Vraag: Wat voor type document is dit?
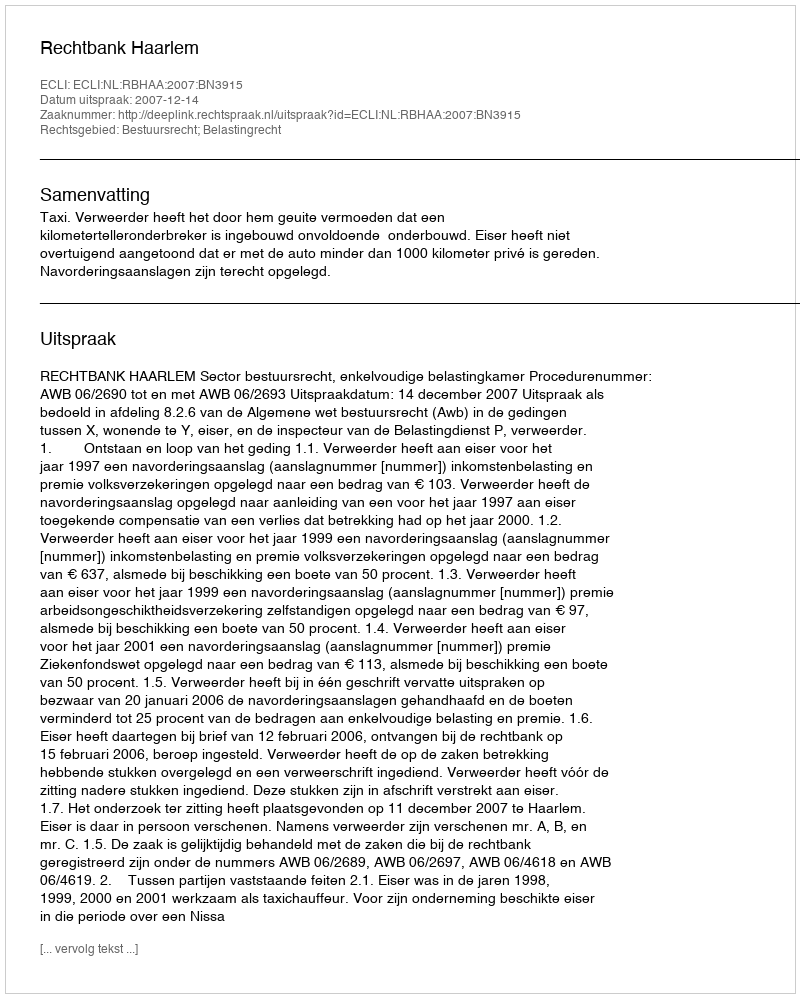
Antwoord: Uitspraak